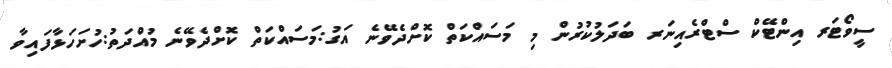
ސީވޯޓަރ އިންޓޭކް ސްޓްރެއިނަރ ބަދަލުކުރުން މި މަސައްކަތް ކޮށްދެވޭނެ އަގު:މަސައްކަތް ކޮށްދެވޭނެ މުއްދަތު:ހުށަހަޅާފައިވާ